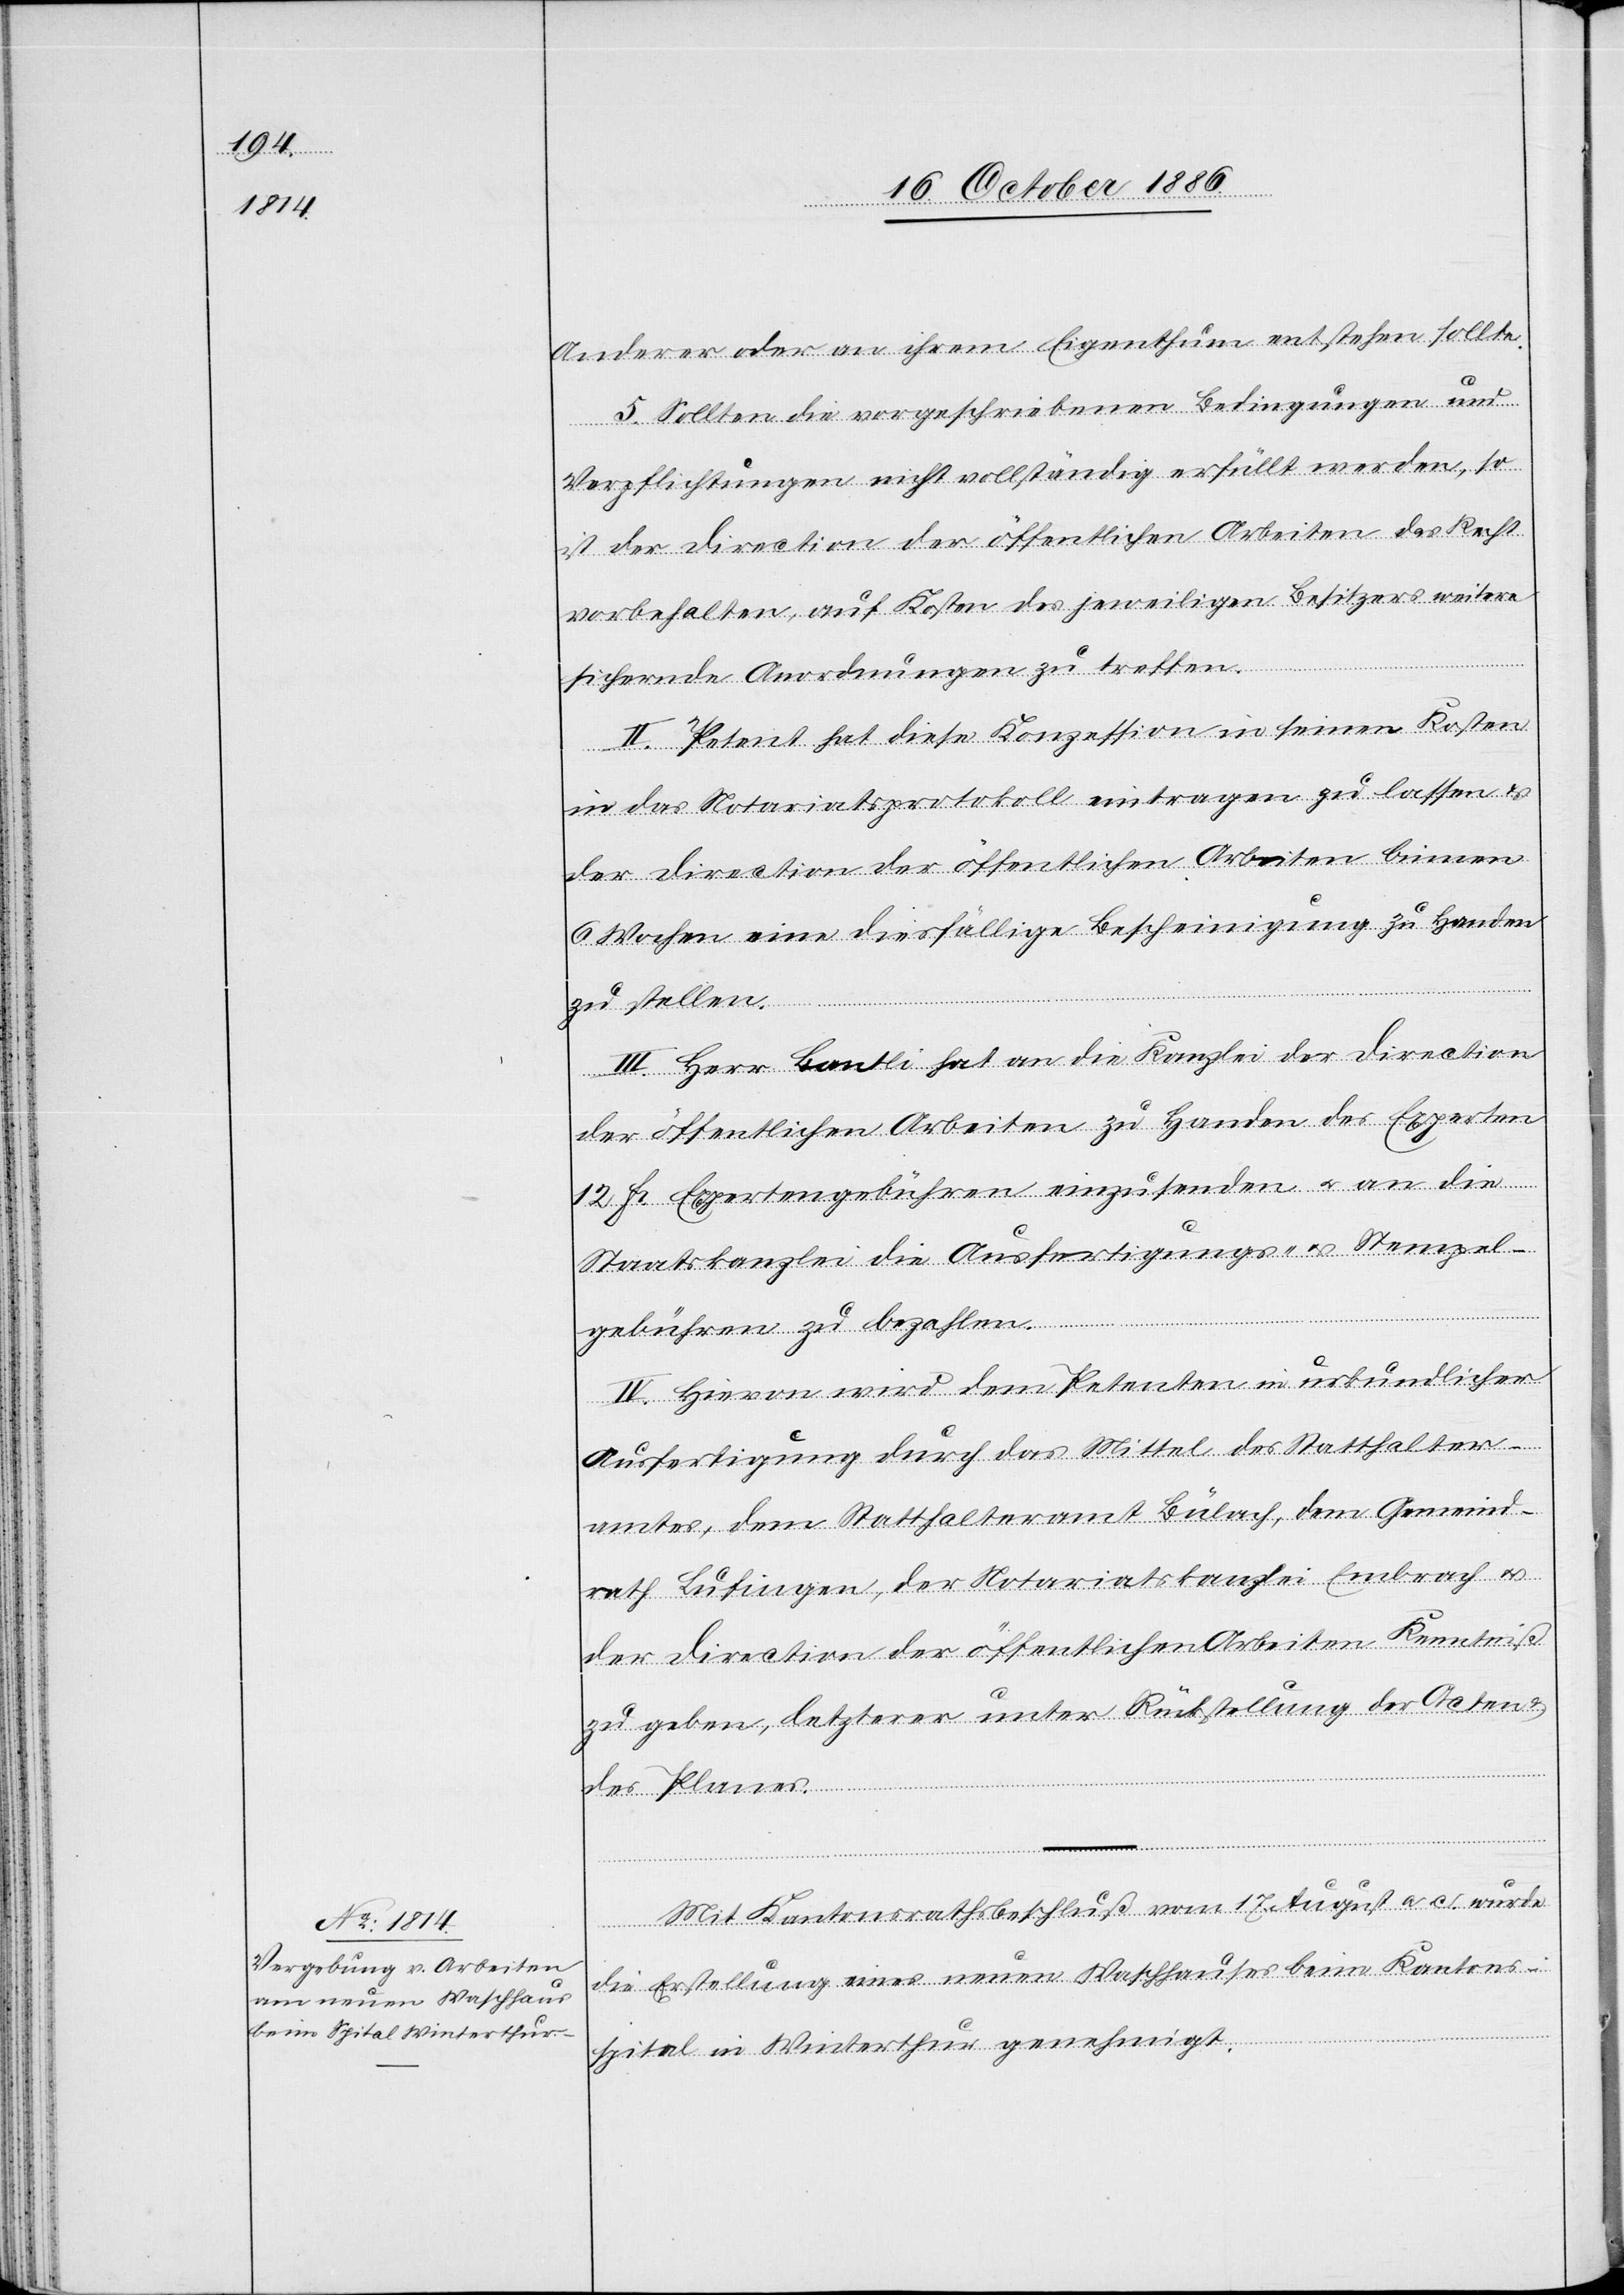
Anderer oder an ihrem Eigenthum entstehen sollte.
5. Sollten die vorgeschriebenen Bedingungen und
Verpflichtungen nicht vollständig erfüllt werden, so
ist der Direction der öffentlichen Arbeiten das Recht
vorbehalten, auf Kosten des jeweiligen Besitzers weitere
sichernde Anordnungen zu treffen.
II. Petent hat diese Konzession in seinen Kosten
in das Notariatsprotokoll eintragen zu lassen &
der Direction der öffentlichen Arbeiten binnen
6 Wochen eine diesfällige Bescheinigung zu Handen
zu stellen.
III. Herr Bantli hat an die Kanzlei der Direction
der öffentlichen Arbeiten zu Handen des Experten
12 Fr. Expertengebühren einzusenden & an die
Staatskanzlei die Ausfertigungs- & Stempel¬
gebühren zu bezahlen.
IV. Hievon wird dem Petenten in urkundlicher
Ausfertigung durch das Mittel des Statthalter¬
amtes, dem Statthalteramt Bülach, dem Gemeind¬
rath Lufingen, der Notariatskanzlei Embrach &
der Direction der öffentlichen Arbeiten Kenntniß
zu geben [sic!], letzterer unter Rückstellung der Acten &
des Planes.
Mit Kantonsrathsbeschluß vom 17. August a. c. wurde
die Erstellung eines neuen Waschhauses beim Kantons¬
spital in Winterthur genehmigt.